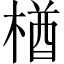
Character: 楢